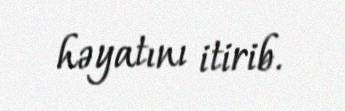
həyatını itirib.